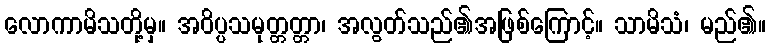
လောကာမိသတို့မှ။ အဝိပ္ပသမုတ္တတ္တာ၊ အလွတ်သည်၏အဖြစ်ကြောင့်။ သာမိသံ၊ မည်၏။